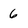
Character: 6